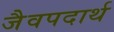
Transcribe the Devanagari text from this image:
जैवपदार्थ